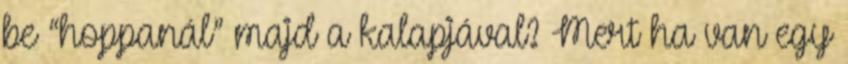
be “hoppanál” majd a kalapjával? Mert ha van egy